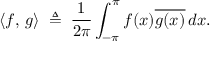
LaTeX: \langle f , \, g \rangle \; \triangleq \; { \frac { 1 } { 2 \pi } } \int _ { - \pi } ^ { \pi } f ( x ) { \overline { { g ( x ) } } } \, d x .